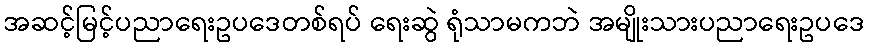
အဆင့်မြင့်ပညာရေးဥပဒေတစ်ရပ် ရေးဆွဲ ရုံသာမကဘဲ အမျိုးသားပညာရေးဥပဒေ